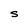
Character: S